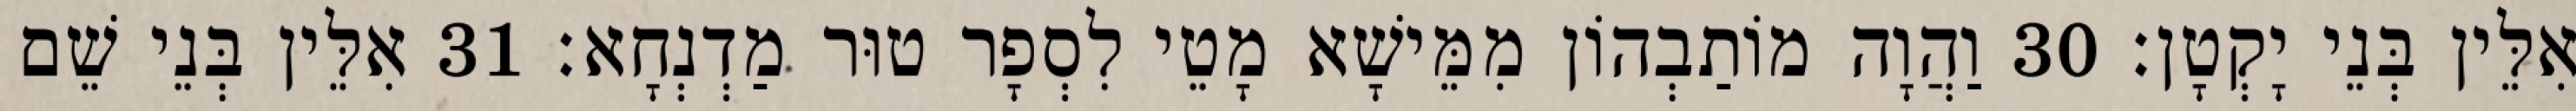
אִלֵּין בְּנֵי יָקְטָן׃ 30 וַהֲוָה מוֹתַבְהוֹן מִמֵּישָׁא מָטֵי לִסְפָר טוּר מַדְנְחָא׃ 31 אִלֵּין בְּנֵי שֵׁם